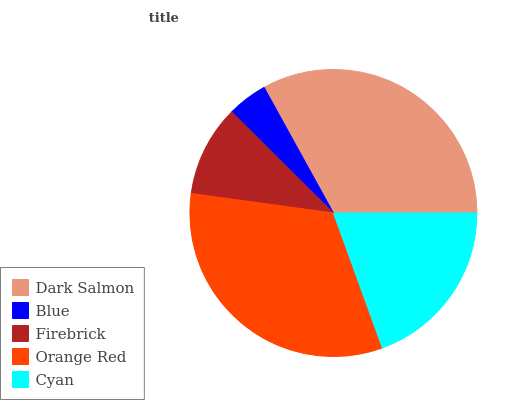
| Dark Salmon | Blue | Firebrick | Orange Red | Cyan |
 | --- | --- | --- | --- | --- |
 | 33% | 4.53% | 10.3% | 32.7% | 19.5% |